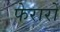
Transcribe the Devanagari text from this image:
फेरारो